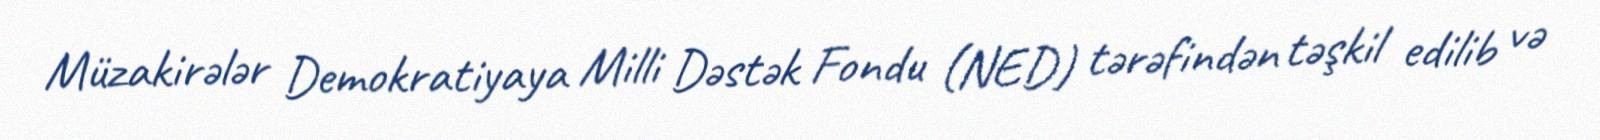
Müzakirələr Demokratiyaya Milli Dəstək Fondu (NED) tərəfindən təşkil edilib və